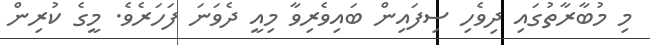
މި މުބާރާތުގައި ދިވެހި ސިފައިން ބައިވެރިވާ މިއީ ދެވަނަ ފަހަރެވެ. މީގެ ކުރިން